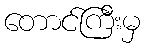
တောင်ကြီးမှ